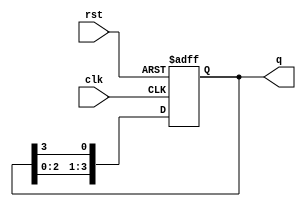
module bistable_ring_counter (
    input wire clk,           // Clock signal
    input wire rst,           // Asynchronous reset signal
    output reg [N-1:0] q      // Output state of the counter
);
    parameter N = 4;          // Number of flip-flops

    // Initial state setting for the counter
    always @(posedge clk or posedge rst) begin
        if (rst) begin
            // Initialize the counter (e.g., set the first flip-flop to 1)
            q <= 1'b1 << (N-1); // Set the last flip-flop to 1, others to 0
        end else begin
            // Shift the state of the flip-flops
            q <= {q[N-2:0], q[N-1]}; // Shift left, wrap around
        end
    end
endmodule